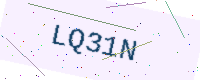
Text: LQ31N